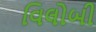
વિલોબી